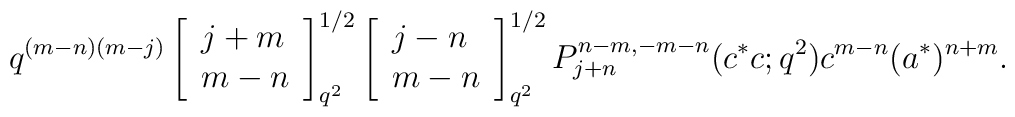
q^{(m-n)(m-j)}\left[ \begin{array}{l}j+m\\m-n\end{array}\right]^{1/2}_{q^{2}}\left[ \begin{array}{l}j-n\\m-n\end{array}\right]^{1/2}_{q^{2}}P^{n-m,-m-n}_{j+n}(c^{*}c;q^2)c^{m-n}(a^{*})^{n+m}.